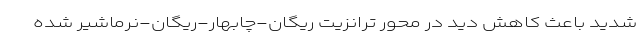
شدید باعث کاهش دید در محور ترانزیت ریگان-چابهار-ریگان-نرماشیر شده